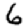
Digit: 6